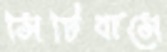
সিটিবাসে